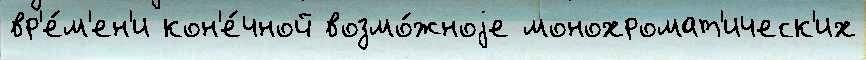
вр'е́м'ен'и кон'е́чной возмо́жноjе монохромат'ическ'их